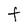
Character: t